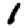
Digit: 1